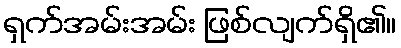
ရှက်အမ်းအမ်း ဖြစ်လျက်ရှိ၏။